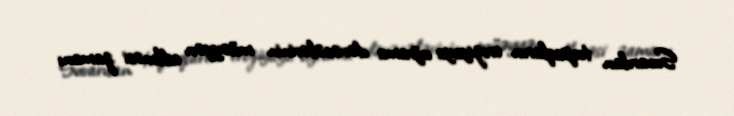
Suvarılan torpaqların eroziyaya uğrama dərəcələrinin müəyyən edilməsi zamanı